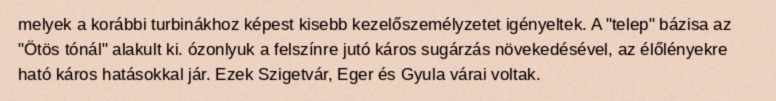
melyek a korábbi turbinákhoz képest kisebb kezelőszemélyzetet igényeltek. A "telep" bázisa az "Ötös tónál" alakult ki. ózonlyuk a felszínre jutó káros sugárzás növekedésével, az élőlényekre ható káros hatásokkal jár. Ezek Szigetvár, Eger és Gyula várai voltak.